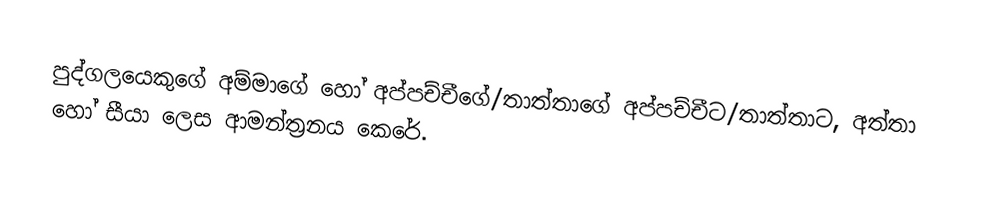
පුද්ගලයෙකුගේ අම්මාගේ හෝ අප්පච්චීගේ/තාත්තාගේ  අප්පච්චීට/තාත්තාට, අත්තා හෝ සීයා ලෙස ආමන්ත්‍රනය කෙරේ.